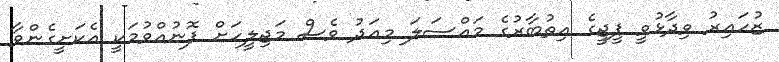
ޒުހައިރު ވިދާޅުވީ ޕީޖީގެ އިތުބާރުގެ މައްސަލަ މިއަދު ވެސް މަޖިލީހަށް ފޮނުއްވުމަކީ އެކަށީގެންވާ